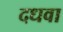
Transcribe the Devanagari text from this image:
दधवा